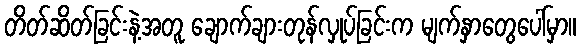
တိတ်ဆိတ်ခြင်းနဲ့အတူ ချောက်ချားတုန်လှုပ်ခြင်းက မျက်နှာတွေပေါ်မှာ။